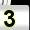
Digit: 3